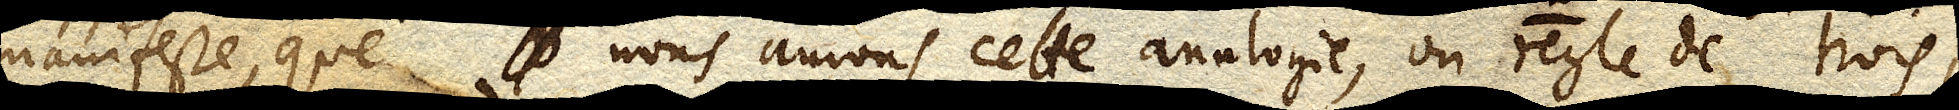
manifeste, que B nous aurons cette analogie, ou regle de trois;